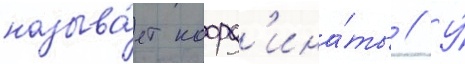
называ́ет коорд'ина́ты // У́